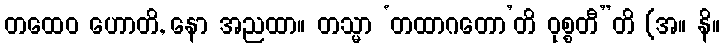
တထေဝ ဟောတိ, နော အညထာ။ တသ္မာ ‘တထာဂတော’တိ ဝုစ္စတီ”တိ (အ။ နိ။